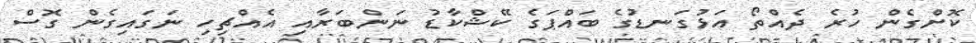
ކޮށްގެން ހުރެ ދެއްތޯ އަޅުގަނޑުގެ ބައްޕަގެ ކޭޝްކާޑު ނަންބަރާއި އެއްޗިހި ނަގައިގެން ގޮސް